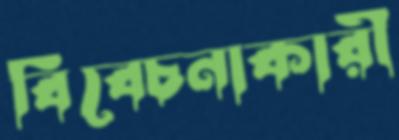
বিবেচনাকারী